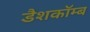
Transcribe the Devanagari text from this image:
डैशकॉम्ब